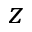
z